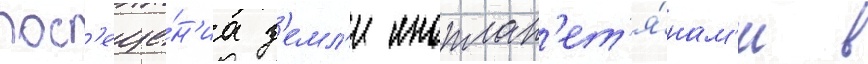
пос'еще́н'иа з'емл'и иноплан'ет'я́нам'и в